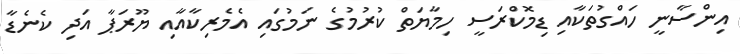
އިންސާނީ ހައްގުތަކާއި ޑިމޮކްރަސީ ހިމާޔަތް ކުރުމުގެ ނަމުގައި އެމެރިކާއާއި ޔޫރަޕާ އަދި ކެނެޑާ